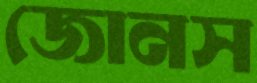
জোনস